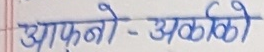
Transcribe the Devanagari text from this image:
आफ्नो - अकळो